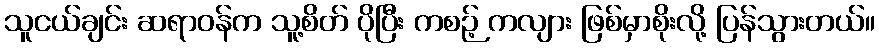
သူငယ်ချင်း ဆရာဝန်က သူ့စိတ် ပိုပြီး ကစဉ့် ကလျား ဖြစ်မှာစိုးလို့ ပြန်သွားတယ်။